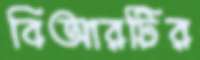
বিআরটির